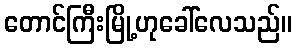
တောင်ကြီးမြို့ဟုခေါ်လေသည်။